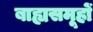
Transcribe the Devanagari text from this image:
बाह्यसमूहों